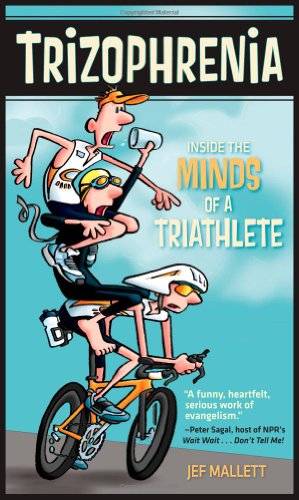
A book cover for Trizophrenia: Inside the Minds of a Triathlete; Jef Mallett; Health, Fitness & Dieting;